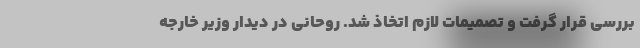
بررسی قرار گرفت و تصمیمات لازم اتخاذ شد. روحانی در دیدار وزیر خارجه